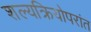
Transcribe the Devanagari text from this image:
शल्यक्रियोपरांत